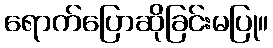
ရောက်ပြောဆိုခြင်းမပြု။